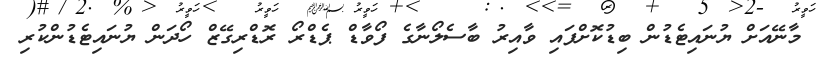
މާނޭއަށް ޔުނައިޓެޑުން ބިޑުކޮށްފައި ވާއިރު ބާސެލޯނާގެ ފޯވާޑް ޕެޑްރޯ ރޮޑްރިގޭޒް ހޯދަން ޔުނައިޓެޑުންކުރި